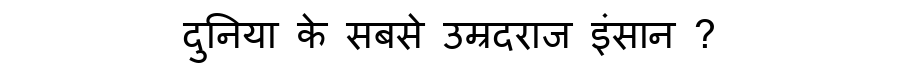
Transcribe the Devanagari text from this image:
दुनिया के सबसे उम्रदराज इंसान ?